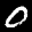
Label: 0